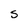
Character: s